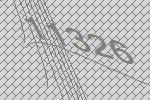
11326